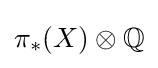
\pi _{*}(X)\otimes \mathbb {Q}